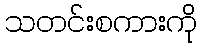
သတင်းစကားကို